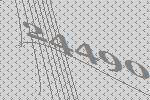
24490